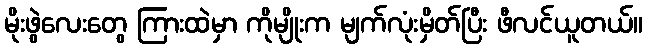
မိုးဖွဲလေးတွေ ကြားထဲမှာ ကိုမျိုးက မျက်လုံးမှိတ်ပြီး ဖီလင်ယူတယ်။